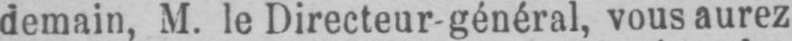
demain, M. le Directeur-général, vous aurez